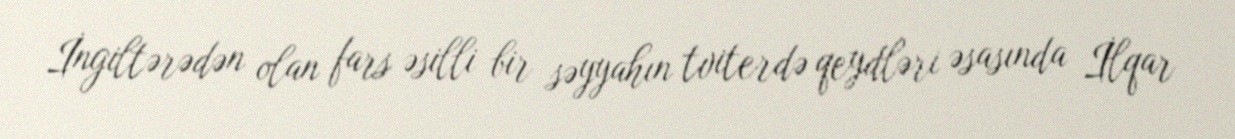
İngiltərədən olan fars əsilli bir səyyahın tviterdə qeydləri əsasında İlqar